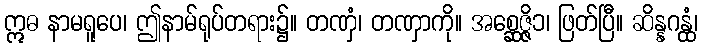
ဣဓ နာမရူပေ၊ ဤနာမ်ရုပ်တရား၌။ တဏှံ၊ တဏှာကို။ အစ္ဆေဇ္ဇိ၁၊ ဖြတ်ပြီ။ ဆိန္နဂန္ထံ၊